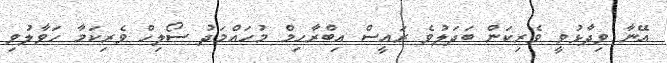
އޭނާ ވިދާޅުވީ ވެރިކަން ބަދަލުވެ ރައީސް އިބްރާހިމް މުހައްމަދު ސޯލިހް ވެރިކަމާ ހަވާލުވި